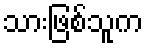
သားဖြစ်သူက